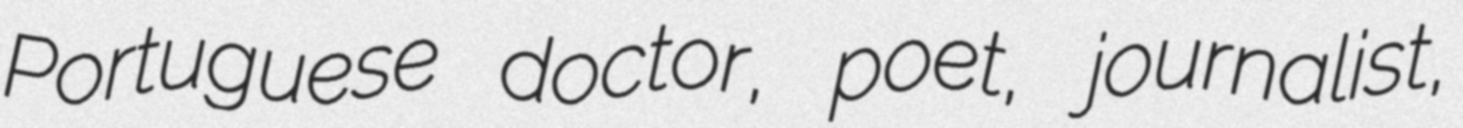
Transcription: Portuguese doctor, poet, journalist,